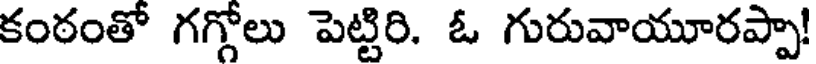
కంఠంతో గగ్గోలు పెట్టిరి. ఓ గురువాయూరప్పా!